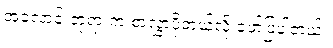
အလောင်းဘုရားက စာလွှာပို့တယ်လို့ ဖော်ပြပါတယ်။